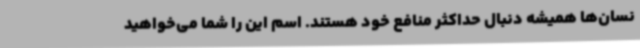
نسان‌ها همیشه دنبال حداکثر منافع خود هستند. اسم این را شما می‌خواهید